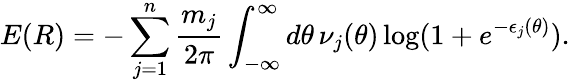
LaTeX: E(R)=-\sum_{j=1}^{n}\frac{m_{j}}{2\pi}\int_{-\infty}^{\infty}d\theta\, \nu_{j}(\theta)\log(1+e^{-\epsilon_{j}(\theta)}).